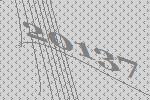
20137